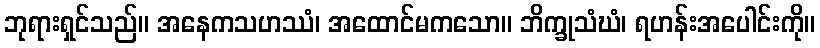
ဘုရားရှင်သည်။ အနေကသဟဿံ၊ အထောင်မကသော။ ဘိက္ခုသံဃံ၊ ရဟန်းအပေါင်းကို။